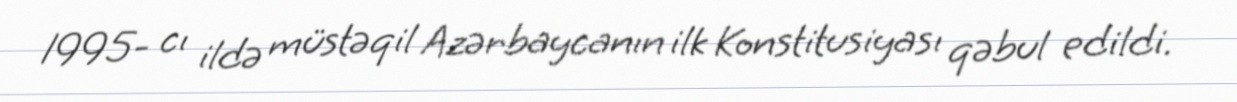
1995- cı ildə müstəqil Azərbaycanın ilk Konstitusiyası qəbul edildi.